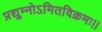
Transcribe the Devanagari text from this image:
प्रद्युम्नोऽमितविक्रमः।।